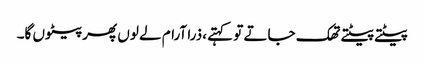
پیٹتے پیٹتے تھک جاتے تو کہتے ،ذرا آرام لے لوں پھر پیٹوں گا۔